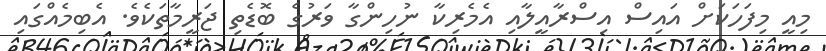
މިއީ މިފަހަކަށް އައިސް އިސްރާއީލާއި އެމެރިކާ ނުހިންގާ ވަރުގެ ބޮޑެތި ޖަރީމާތަކެވެ. އެބިމެއްގައި